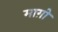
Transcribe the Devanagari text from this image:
माग़ो